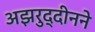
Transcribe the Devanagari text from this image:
अझरुद्दीनने